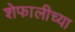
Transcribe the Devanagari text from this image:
शेफालीच्या